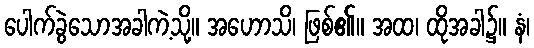
ပေါက်ခွဲသောအခါကဲ့သို့။ အဟောသိ၊ ဖြစ်၏။ အထ၊ ထိုအခါ၌။ နံ၊